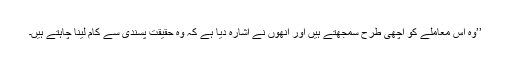
’’وہ اس معاملے کو اچھی طرح سمجھتے ہیں اور انھوں نے اشارہ دیا ہے کہ وہ حقیقت پسندی سے کام لینا چاہتے ہیں۔